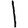
Digit: 1